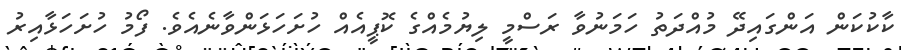
ކާކުކަން އަންގައިދޭ މުއްދަތު ހަމަނުވާ ރަސްމީ ލިޔުމެއްގެ ކޮޕީއެއް ހުށަހަޅަންވާނެއެވެ. ފޯމު ހުށަހަޅާއިރު